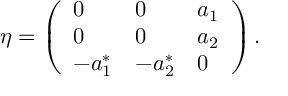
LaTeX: \eta = \left( \begin{array} { l l l } { { 0 } } & { { 0 } } & { { a _ { 1 } } } \\ { { 0 } } & { { 0 } } & { { a _ { 2 } } } \\ { { - a _ { 1 } ^ { * } } } & { { - a _ { 2 } ^ { * } } } & { { 0 } } \end{array} \right) .